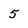
Character: 5